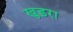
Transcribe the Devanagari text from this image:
खुड़रा